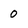
Character: 0